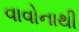
વાવોનાથી